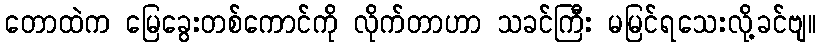
တောထဲက မြေခွေးတစ်ကောင်ကို လိုက်တာဟာ သခင်ကြီး မမြင်ရသေးလို့ခင်ဗျ။